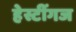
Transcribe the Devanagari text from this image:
हेस्टींगज